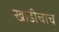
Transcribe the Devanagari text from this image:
खाडीचाच